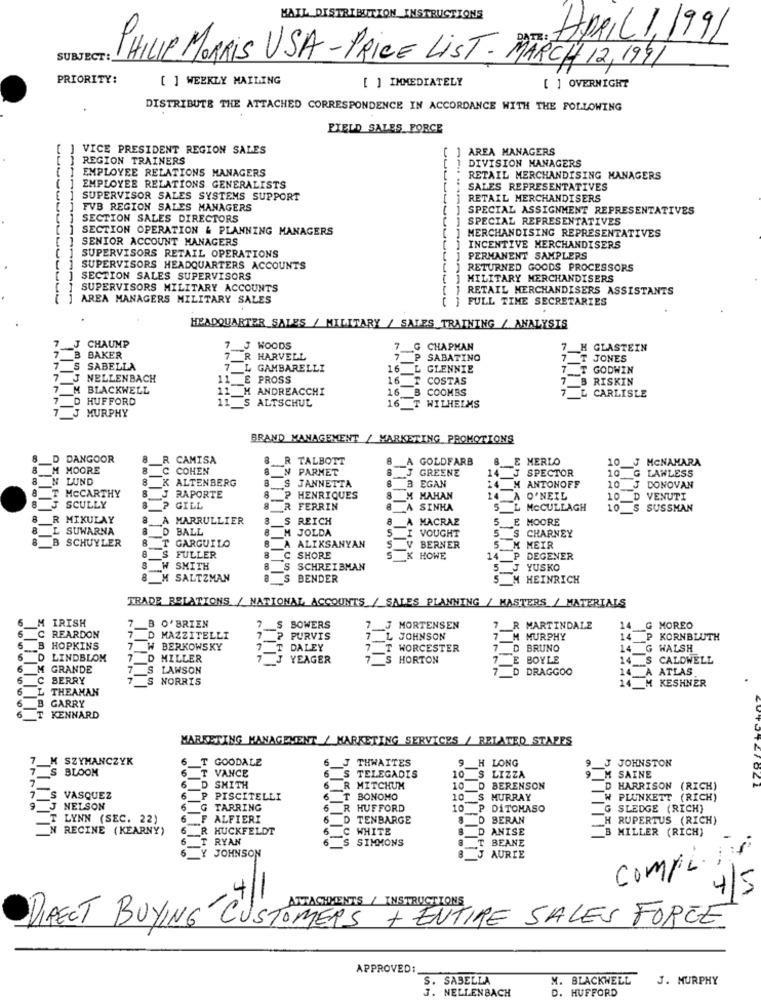
MAIL DISTRIBUTION_INSTRUCTIONS
April 1, 1991
SUBJECT:
PHILIP MORRIS USA-PRICE LIST- MARCH 12, 1991
PRIORITY:
[ ] WEEKLY MAILING
[ ] IMMEDIATELY
[ ] OVERNIGHT
DISTRIBUTE THE ATTACHED CORRESPONDENCE IN ACCORDANCE WITH THE FOLLOWING
FIELD SALES FORCE
VICE PRESIDENT REGION SALES
AREA MANAGERS
REGION TRAINERS
EMPLOYEE RELATIONS MANAGERS
DIVISION MANAGERS
RETAIL MERCHANDISING MANAGERS
EMPLOYEE RELATIONS GENERALISTS
SALES REPRESENTATIVES
SUPERVISOR SALES SYSTEMS SUPPORT
RETAIL MERCHANDISERS
FVB REGION SALES MANAGERS
SPECIAL ASSIGNMENT REPRESENTATIVES
SECTION SALES DIRECTORS
SPECIAL REPRESENTATIVES
SECTION OPERATION & PLANNING MANAGERS
SENIOR ACCOUNT MANAGERS
] MERCHANDISING REPRESENTATIVES
] INCENTIVE MERCHANDISERS
SUPERVISORS RETAIL OPERATIONS
PERMANENT SAMPLERS
SUPERVISORS HEADQUARTERS ACCOUNTS
] RETURNED GOODS PROCESSORS
SECTION SALES SUPERVISORS
MILITARY MERCHANDISERS
SUPERVISORS MILITARY ACCOUNTS
RETAIL MERCHANDISERS ASSISTANTS
AREA MANAGERS MILITARY SALES
] FULL TIME SECRETARIES
HEADQUARTER SALES / MILITARY / SALES TRAINING / ANALYSIS
J CHAUMP
7_J WOODS
7
G CHAPMAN
GLASTEIN
_B BAKER
7_R HARVELL
SABATINO
7 T JONES
7 __ S SABELLA
7 L GAMBARELLI
16 L GLENNIE
7 T GODWIN
7 J NELLENBACH
11 __ & PROSS
16 T COSTAS
7 B RISKIN
7 M BLACKWELL
11 H ANDREACCHI
16 B COOMBS
7 D HUFFORD
11_S ALTSCHUL
16
7 L CARLISLE
7 J MURPHY
WILHELMS
BRAND MANAGEMENT / MARKETING PROMOTIONS
8
D DANGOOR
8
R CAMISA
_R TALBOTT
GOLDFARB
E MERLO
10 J MCNAMARA
8
M MOORE
8
C COHEN
8 N PARMET
_A
J GREENE
14 J SPECTOR
10 G LAWLESS
8
N LUND
8
K ALTENBERG
8
T
MCCARTHY
8
S JANNETTA
B EGAN
14 M ANTONOFF
10_J DONOVAN
J RAPORTE
8 P HENRIQUES
M HAHAN
14 À O'NEIL
10 D VENUTI
SCULLY
GILL
8
R FERRIN
A SINKA
MCCULLAGH
10 S SUSSMAN
R MIKULAY
8
A MARRULLIER
REICH
8
MACRAZ
MOORE
L SUWARNA
D
BALL
8 M JOLDA
5
VOUGHT
5
_S CHARNEY
B SCHUYLER
8
T GARGUILO
8 A ALIKSANYAN
5
8
S
V BERNER
5 M MEIR
FULLER
8 C
SHORE
K HOWE
14 P DEGENER
W SMITH
8 S SCHREIBMAN
5 J YUSKO
M SALTZMAN
S
BENDER
5 M HEINRICH
TRADE RELATIONS / NATIONAL ACCOUNTS / SALES PLANNING / MASTERS / MATERIALS
6
M IRISH
S
7 B O'BRIEN
-
BOWERS
7 3
MORTENSEN
R MARTINDALE
G MOREO
C REARDON
7 _D MAZZITELLI
7
-
? PURVIS
7_L JOHNSON
7 M MURPHY
P
KORNBLUTH
6
B HOPKINS
7 W BERKOWSKY
7 T
DALEY
T WORCESTER
D BRUNO
G WALSH
6
D
LINDBLOM
-
MILLER
J YEAGER
7 S HORTON
E BOYLE
S CALDWELL
6
M GRANDE
LAWSON
7_D DRAGGOO
A
ATLAS
5
C
BERRY
7
S
NORRIS
M KESHNER
6
L
THEAMAN
6
B GARRY
6
T KENNARD
MARKETING MANAGEMENT / MARKETING SERVICES / RELATED STATES
7 M SZYMANCZYK
6
GOODALE
J THWAITES
9 H LONG
J JOHNSTON
BLOOM
6
T
VANCE
6
S TELEGADIS
9
7
6
D
10 __ S LIZZA
M SAINE
SMITH
R MITCHUM
10
D BERENSON
D HARRISON (RICH)
VASQUEZ
6
P
PISCITELLI
6
T BONOMO
10
10 S MURRAY
PLUNKETT (RICH)
9 J NELSON
6
G
TARRING
6
R
HUFFORD
10
P DiTOMASO
G SLEDGE (RICH)
T LYNN (SEC. 22)
F ALFIERI
D
TENBARGE
BERAN
RUPERTUS (RICH)
{ RECINE (KEARNY)
6
R HUCKFELDT
WHITE
D
ANISE
MILLER (RICH)
6
T RYAN
6
S
SIMMONS
T BEANE
5
Y JOHNSON
AURIE
Comp
-
4/
ATTACHMENTS / INSTRUCTIONS
DIRECT BUYING CUSTOMERS + ENTIRE SALES FORCE
APPROVED:
S. SABELLA
M. BLACKWELL
J. MURPHY
NELLENBACH
. HUFFORD